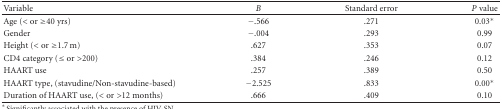
<table><thead><tr><td><b>Variable</b></td><td><b><i>B</i></b></td><td><b>Standard error</b></td><td><b><i>P</i> value</b></td></tr></thead><tbody><tr><td>Age (&lt; or ≥40 yrs)</td><td>−.566</td><td>.271</td><td>0.03*</td></tr><tr><td>Gender</td><td>−.004</td><td>.293</td><td>0.99</td></tr><tr><td>Height (&lt; or ≥1.7 m)</td><td>.627</td><td>.353</td><td>0.07</td></tr><tr><td>CD4 category (≤ or &gt;200)</td><td>.384</td><td>.246</td><td>0.12</td></tr><tr><td>HAART use</td><td>.257</td><td>.389</td><td>0.50</td></tr><tr><td>HAART type, (stavudine/Non-stavudine-based)</td><td>−2.525</td><td>.833</td><td>0.00*</td></tr><tr><td>Duration of HAART use, (&lt; or &gt;12 months)</td><td>.666</td><td>.409</td><td>0.10</td></tr></tbody></table>